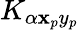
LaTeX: K_{\alpha\mathbf{x}_{p}y_{p}}